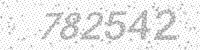
Solution: 782542